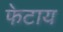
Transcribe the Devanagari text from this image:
फेटाय